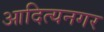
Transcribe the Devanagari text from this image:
आदित्यनगर